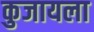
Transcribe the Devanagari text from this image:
कुजायला